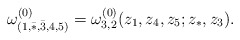
\begin{align*}\omega^{(0)}_{(1,\bar *,\bar 3,4,5)}=\omega^{(0)}_{3,2}(z_1,z_4,z_5;z_*,z_3).\end{align*}